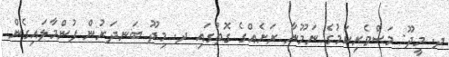
ދ. މީދޫ: މަސްވެރިކަމުގެ ނަމޫނާ ރަށެއްގެ ގޮތުގައި ދ. މިދޫ ބަނދަރުން ފުންމާލައިގެން